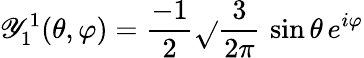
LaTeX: \mathscr{Y}_{1}^{1}(\theta,\varphi)={\frac{{-1}}{{2}}}{\sqrt{}{{\frac{{3}}{{2\pi}}}}}\, \sin\theta\, e^{i\varphi}